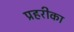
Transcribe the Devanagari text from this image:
प्रहरीका